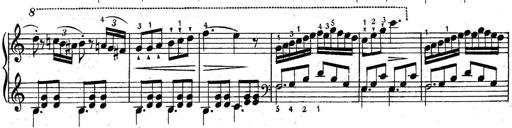
Title: 6 Easy Sonatinas
Composer: Carl Czerny